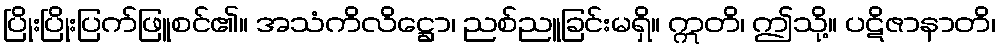
ပြိုးပြိုးပြက်ဖြူစင်၏။ အသံကိလိဋ္ဌော၊ ညစ်ညူခြင်းမရှိ။ ဣတိ၊ ဤသို့။ ပဋိဇာနာတိ၊